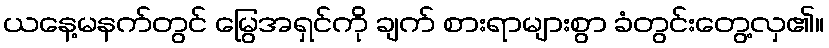
ယနေ့မနက်တွင် မြွေအရှင်ကို ချက် စားရာများစွာ ခံတွင်းတွေ့လှ၏။